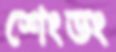
শেংডং